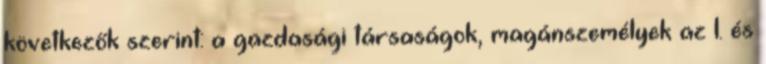
következők szerint: a gazdasági társaságok, magánszemélyek az I. és